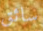
سائق